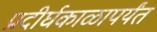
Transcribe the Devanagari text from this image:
प्रदीर्घकाळापर्यंत